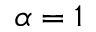
\alpha = 1